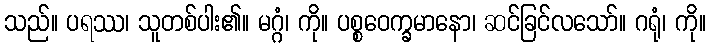
သည်။ ပရဿ၊ သူတစ်ပါး၏။ မဂ္ဂံ၊ ကို။ ပစ္စဝေက္ခမာနော၊ ဆင်ခြင်လသော်။ ဂရုံ၊ ကို။